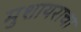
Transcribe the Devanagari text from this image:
मुशायराचा